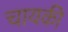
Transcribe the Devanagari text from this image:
चायकी